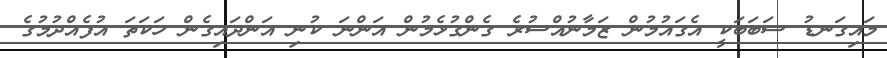
މައިގަނޑު ސަބަބަކީ އެގައުމުން ޒަމާނުއްސުރެ ގެންގުޅެމުން އަންނަ ކުނި އަންދައިގެން ހަކަތަ އުފެއްދުމުގެ